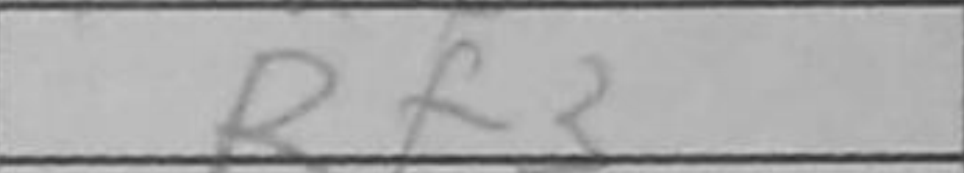
Transcription: Rf3